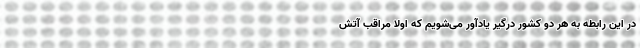
در این رابطه به هر دو کشور درگیر یادآور می‌شویم که اولاً مراقب آتش